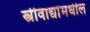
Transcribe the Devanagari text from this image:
स्त्रीवाद्यांमधील